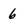
Character: 6